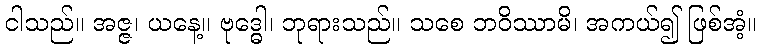
ငါသည်။ အဇ္ဇ၊ ယနေ့။ ဗုဒ္ဓေါ၊ ဘုရားသည်။ သစေ ဘဝိဿာမိ၊ အကယ်၍ ဖြစ်အံ့။